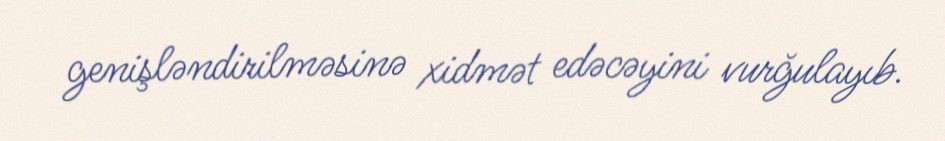
genişləndirilməsinə xidmət edəcəyini vurğulayıb.